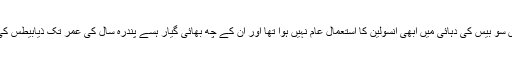
انہوں نےبتایا کہ انیس سو بیس کی دہائی میں ابھی انسولین کا استعمال عام نہیں ہوا تھا اور ان کے چھ بھائی گیار ہسے پندرہ سال کی عمر تک ذیابیطس کی وجہ سے چل بسے۔